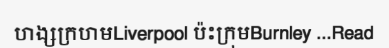
ហង្សក្រហមLiverpool ប៉ះក្រុមBurnley ...Read